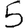
Digit: 5